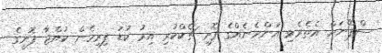
ސްޕޭނަށް އެތެރެވި އަންހެނެއްގެ ފޮށި ޗެކްކުރި އިރު ކުޑަ ފިރިހެން ކުއްޖާ ފޮށީގެ